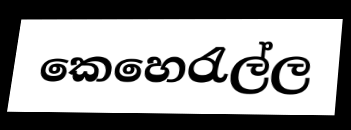
කෙහෙරැල්ල